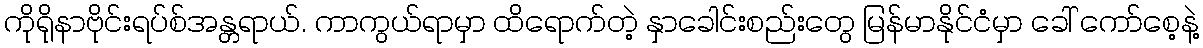
ကိုရိုနာဗိုင်းရပ်စ်အန္တရာယ်. ကာကွယ်ရာမှာ ထိရောက်တဲ့ နှာခေါင်းစည်းတွေ မြန်မာနိုင်ငံမှာ ခေါ် ကော်စေ့နဲ့